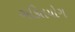
ભકિતયોગ